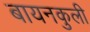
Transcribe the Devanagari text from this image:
बायनकुली